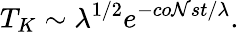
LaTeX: T_{K}\sim\lambda^{1/2}e^{-co\mathcal{N}st/\lambda}.